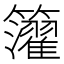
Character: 𥷧